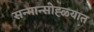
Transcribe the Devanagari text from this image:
सन्मान्सोह्ळ्यात